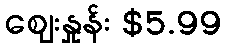
စျေးနှုန်း $5.99